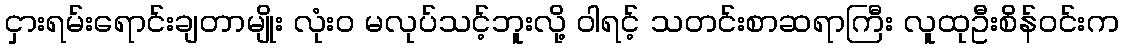
ငှားရမ်းရောင်းချတာမျိုး လုံးဝ မလုပ်သင့်ဘူးလို့ ဝါရင့် သတင်းစာဆရာကြီး လူထုဦးစိန်ဝင်းက